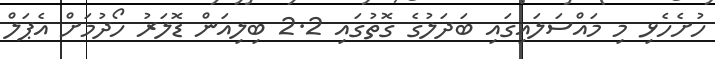
ހުށެހެޅި މި މައްސަލައިގައި ބަދަލުގެ ގޮތުގައި 2.2 ބިލިއަން ޑޮލަރު ހޯދުމަށް އެޕަލް